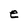
Character: e